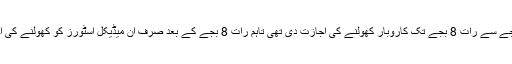
اس سے قبل سندھ حکومت نے صبح 8 بجے سے رات 8 بجے تک کاروبار کھولنے کی اجازت دی تھی تاہم رات 8 بجے کے بعد صرف ان میڈیکل اسٹورز کو کھولنے کی اجازت تھی جو اسپتال کے قریب واقع ہیں۔